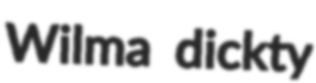
Wilma dickty